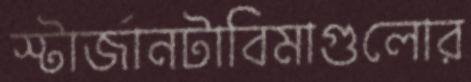
স্টার্জানটাবিমাগুলোর